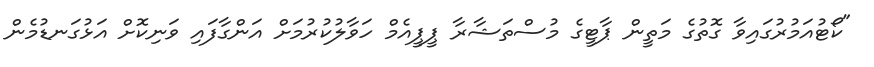
"ކޯޓުއަމުރުގައިވާ ގޮތުގެ މަތީން ޕާޓީގެ މުސްތަޝާރާ ޕީޕީއެމް ހަވާލުކުރުމަށް އަންގާފައި ވަނިކޮށް އަޅުގަނޑުމެން